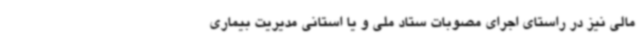
مالی نیز در راستای اجرای مصوبات ستاد ملی و یا استانی مدیریت بیماری